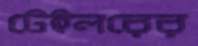
টেইলরের